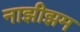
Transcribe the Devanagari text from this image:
नाझीझम